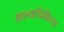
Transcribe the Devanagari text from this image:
शल्‍यचिकित्‍सा